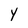
Character: Y